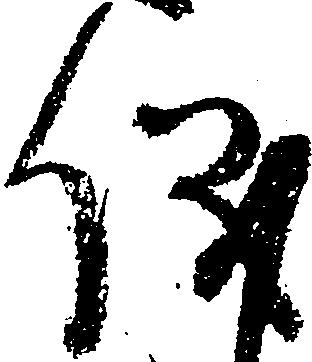
儀